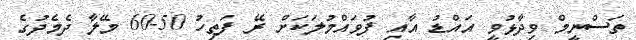
ތަސްނީމް ވިދާޅުވީ އައްޑު އާއި ފުވައްމުލަކަށް ރޭ ފަތިހު 50-60 މޭލާ ދެމެދުގެ